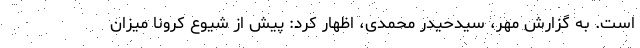
است. به گزارش مهر، سیدحیدر محمدی، اظهار کرد: پیش از شیوع کرونا میزان